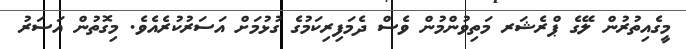
މީގެއިތުރުން ލޭގެ ޕްރެޝަރ މަތިވުންމުން ވެސް ދެމަފިރިކަމުގެ ގުޅުމަށް އަސަރުކުރެއެވެ. މިގޮތުން އަސަރު